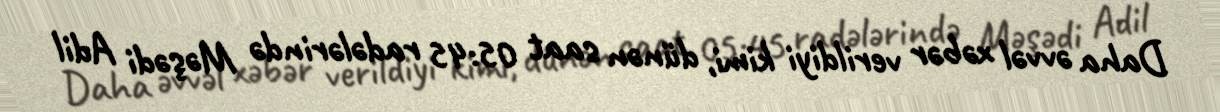
Daha əvvəl xəbər verildiyi kimi, dünən saat 05:45 radələrində Məşədi Adil